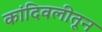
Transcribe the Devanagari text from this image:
कांदिवलीतून